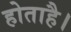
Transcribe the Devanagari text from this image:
होताहै।